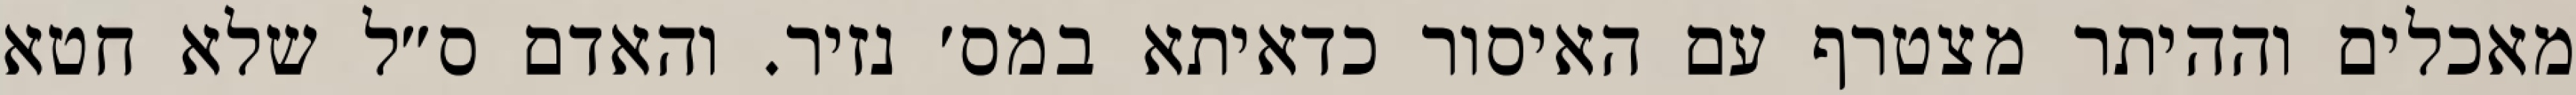
מאכלים וההיתר מצטרף עם האיסור כדאיתא במס׳ נזיר. והאדם ס״ל שלא חטא